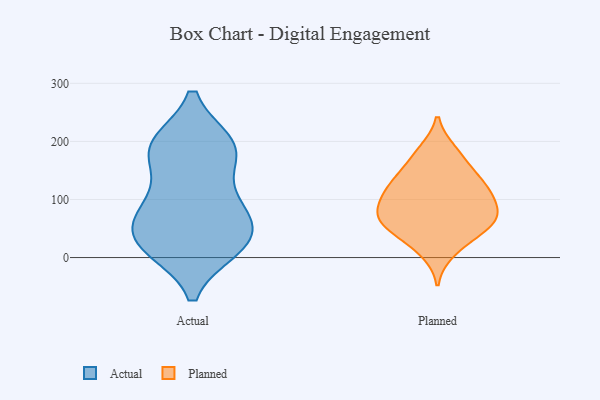
{"axis": {"x": "Latency (ms)", "y": "Value"}, "legend": ["Actual", "Planned"], "data": [{"x": "", "y": 31, "type": "Actual"}, {"x": "", "y": 190, "type": "Actual"}, {"x": "", "y": 78, "type": "Actual"}, {"x": "", "y": 19, "type": "Actual"}, {"x": "", "y": 17, "type": "Actual"}, {"x": "", "y": 74, "type": "Actual"}, {"x": "", "y": 103, "type": "Actual"}, {"x": "", "y": 168, "type": "Actual"}, {"x": "", "y": 192, "type": "Actual"}, {"x": "", "y": 25, "type": "Actual"}, {"x": "", "y": 83, "type": "Actual"}, {"x": "", "y": 192, "type": "Actual"}, {"x": "", "y": 195, "type": "Actual"}, {"x": "", "y": 32, "type": "Actual"}, {"x": "", "y": 181, "type": "Planned"}, {"x": "", "y": 139, "type": "Planned"}, {"x": "", "y": 48, "type": "Planned"}, {"x": "", "y": 55, "type": "Planned"}, {"x": "", "y": 82, "type": "Planned"}, {"x": "", "y": 115, "type": "Planned"}, {"x": "", "y": 184, "type": "Planned"}, {"x": "", "y": 116, "type": "Planned"}, {"x": "", "y": 10, "type": "Planned"}, {"x": "", "y": 113, "type": "Planned"}, {"x": "", "y": 134, "type": "Planned"}, {"x": "", "y": 56, "type": "Planned"}, {"x": "", "y": 155, "type": "Planned"}, {"x": "", "y": 25, "type": "Planned"}, {"x": "", "y": 69, "type": "Planned"}, {"x": "", "y": 72, "type": "Planned"}, {"x": "", "y": 84, "type": "Planned"}, {"x": "", "y": 105, "type": "Planned"}, {"x": "", "y": 65, "type": "Planned"}]}